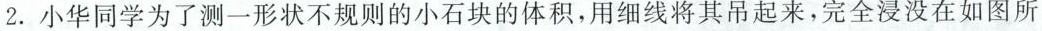
2. 小华同学为了测一形状不规则的小石块的体积，用细线将其吊起来，完全浸没在如图所